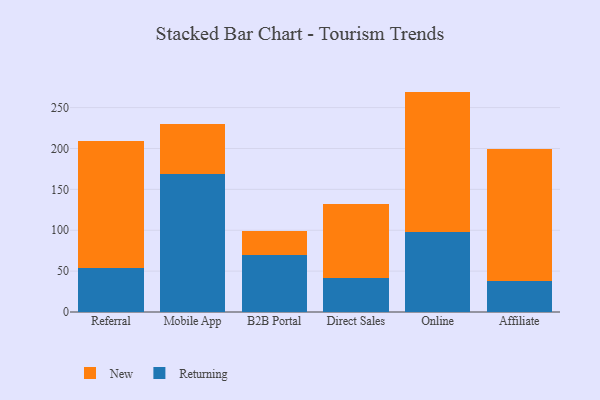
{"axis": {"x": "Channel", "y": "Bounce Rate (%)"}, "legend": ["New", "Returning"], "data": [{"x": "Referral", "y": 53.8, "type": "Returning"}, {"x": "Referral", "y": 155.3, "type": "New"}, {"x": "Mobile App", "y": 168.6, "type": "Returning"}, {"x": "Mobile App", "y": 61.9, "type": "New"}, {"x": "B2B Portal", "y": 69.3, "type": "Returning"}, {"x": "B2B Portal", "y": 30.2, "type": "New"}, {"x": "Direct Sales", "y": 41.4, "type": "Returning"}, {"x": "Direct Sales", "y": 90.8, "type": "New"}, {"x": "Online", "y": 97.6, "type": "Returning"}, {"x": "Online", "y": 172.0, "type": "New"}, {"x": "Affiliate", "y": 37.4, "type": "Returning"}, {"x": "Affiliate", "y": 162.2, "type": "New"}]}